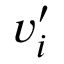
\boldsymbol { v } _ { i } ^ { \prime }